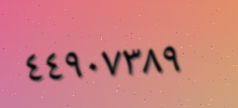
٤٤٩٠٧٣٨٩